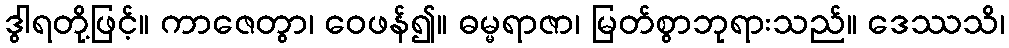
ဒွါရတို့ဖြင့်။ ကာဇေတွာ၊ ဝေဖန်၍။ ဓမ္မရာဇာ၊ မြတ်စွာဘုရားသည်။ ဒေဿသိ၊